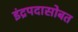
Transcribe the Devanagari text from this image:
इंद्रपदासोबत